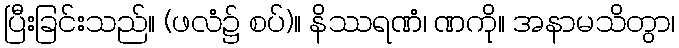
ပြီးခြင်းသည်။ (ဖလံ၌ စပ်)။ နိဿရဏံ၊ ဏကို။ အနာမသိတွာ၊